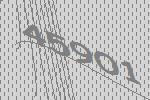
45901